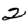
Digit: 2